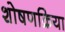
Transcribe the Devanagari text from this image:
शोषणक्रिया